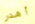
أهدر